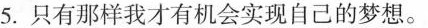
5.只有那样我才有机会实现自己的梦想.